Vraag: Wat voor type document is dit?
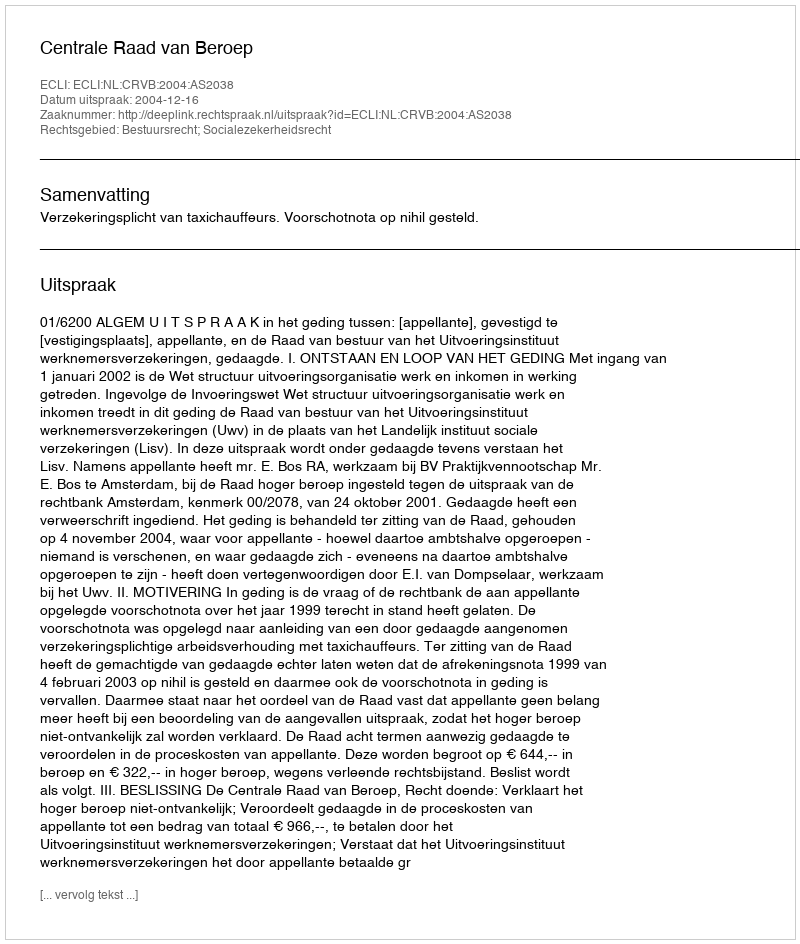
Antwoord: Uitspraak